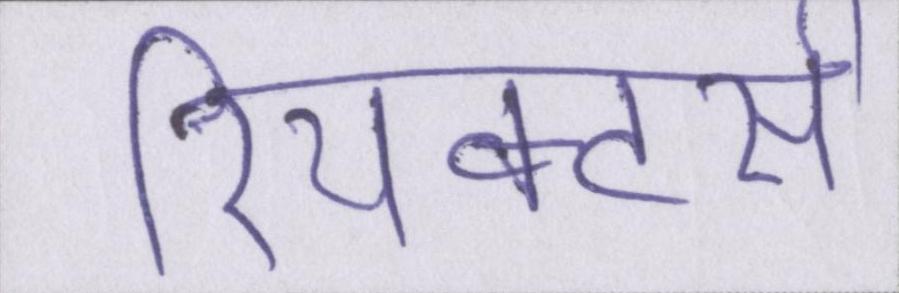
रियक्टर्स